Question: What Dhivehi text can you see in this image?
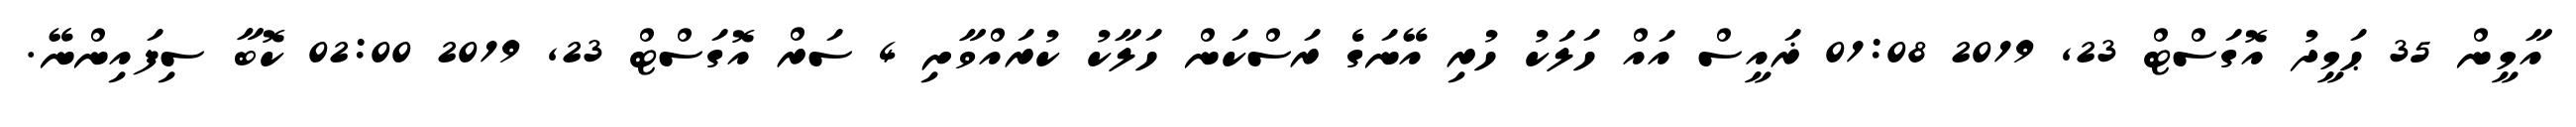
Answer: އާމީން 35 ޙަމީދު އޮގަސްޓް 23, 2019 01:08 ޜައީސް އައް ހަލަކު ހުރި އޭނަގެ ރަސްކަން ހަލާކު ކުރައްވާށި 4 ސަރް އޮގަސްޓް 23, 2019 02:00 ކޮބާ ސިފައިންނޭ.